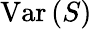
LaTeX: \mathrm{Var}\left(S\right)